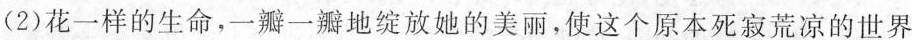
(2)花一样的生命，一瓣一瓣地绽放她的美丽，使这个原本死寂荒凉的世界